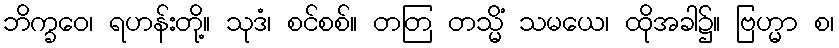
ဘိက္ခဝေ၊ ရဟန်းတို့။ သုဒံ၊ စင်စစ်။ တတြ တသ္မိံ သမယေ၊ ထိုအခါ၌။ ဗြဟ္မာ စ၊